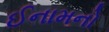
ઈનામનો